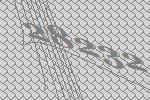
28232